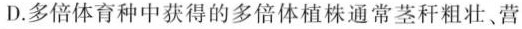
D.多倍体育种中获得的多倍体植株通常茎秆粗壮。营